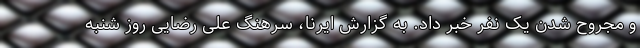
و مجروح شدن یک نفر خبر داد. به گزارش ایرنا، سرهنگ علی رضایی روز شنبه